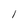
Character: 1